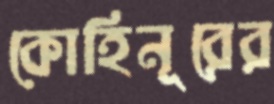
কোহিনূরের